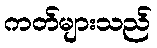
ကတ်များသည်